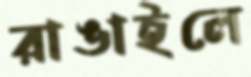
রাঙাইলে